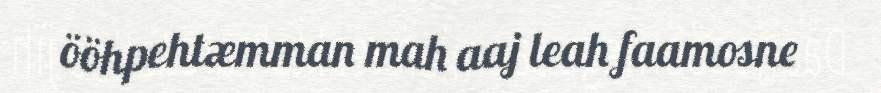
ööhpehtæmman mah aaj leah faamosne